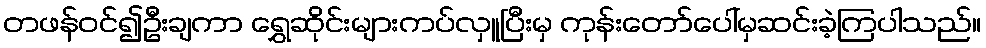
တဖန်ဝင်၍ဦးချကာ ရွှေဆိုင်းများကပ်လှူပြီးမှ ကုန်းတော်ပေါ်မှဆင်းခဲ့ကြပါသည်။